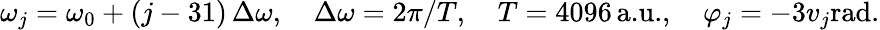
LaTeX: \omega_{j}=\omega_{0}+(j-31)\, \Delta\omega,\quad\Delta\omega=2\pi/T,\quad T=4096\, \textrm{a.u.},\quad\varphi_{j}=-3v_{j}\textrm{rad}.